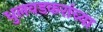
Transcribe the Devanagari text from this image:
धुलवडकरांच्या